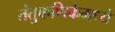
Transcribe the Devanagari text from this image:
तंतुकणिकेमध्ये